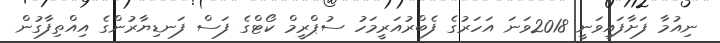
ނިއުމާ ފަށާފައިވަނީ 2018ވަނަ އަހަރުގެ ފެބްރުއަރީމަހު ސުޕްރީމް ކޯޓްގެ ފަސް ފަނޑިޔާރުންގެ އިއްތިފާގުން